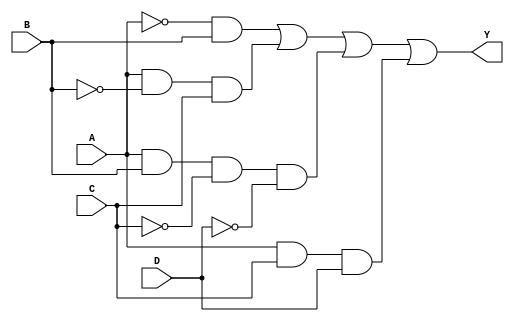
module sop_simplified (
    input wire A,  // Input variable A
    input wire B,  // Input variable B
    input wire C,  // Input variable C
    input wire D,  // Input variable D
    output wire Y  // Output variable Y
);

// Internal signals for the product terms
wire A_not, B_not, C_not, D_not;
wire term1, term2, term3, term4;

// NOT gates for input variables
not (A_not, A);
not (B_not, B);
not (C_not, C);
not (D_not, D);

// Product terms based on the simplified SOP expression
and (term1, A_not, B);       // A'B
and (term2, A, B_not, C);    // AB'C
and (term3, A, B, C_not, D_not); // ABC'D
and (term4, A, C, D);        // ACD

// OR gate to combine the product terms
or (Y, term1, term2, term3, term4); // Y = A'B + AB'C + ABC'D + ACD

endmodule